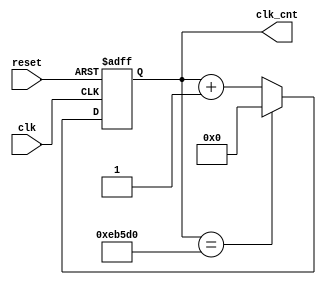
module Init_counter_generator (clk, reset, clk_cnt);
input wire clk, reset;
output wire [19:0]clk_cnt;

reg [19:0]next_clk_cnt;

assign clk_cnt = next_clk_cnt;

always @ (posedge clk or posedge reset)
begin
	if (reset == 1'b1) begin
		next_clk_cnt <= 20'b0;
	end
	else begin
	  	next_clk_cnt <= clk_cnt + 20'd1;
		if (clk_cnt == 20'd964048) begin
		  next_clk_cnt <= 20'd0;
		end
	end
end
endmodule